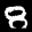
Label: 8